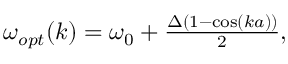
\begin{array} { r } { \omega _ { o p t } ( k ) = \omega _ { 0 } + \frac { \Delta ( 1 - \cos ( k a ) ) } { 2 } , } \end{array}